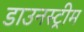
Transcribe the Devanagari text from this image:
डाउनस्‍ट्रीम